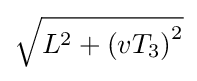
{\textstyle {\sqrt {L^{2}+\left(vT_{3}\right)^{2}}}}